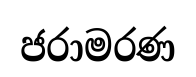
ජරාමරණ